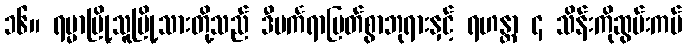
၁၆။ ရမ္မာမြို့သူမြို့သားတို့သည် ဒီပင်္ကရာမြတ်စွာဘုရားနှင့် ရဟန္တာ ၄ သိန်းကိုဆွမ်းကပ်